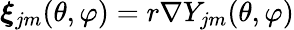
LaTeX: \boldsymbol{\xi}_{jm}(\theta,\varphi)=r\nabla Y_{jm}(\theta,\varphi)